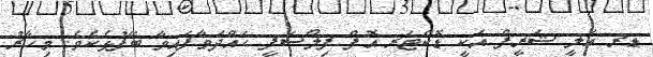
ޑރ ޢަލީ ޝަރީފް އަކީ ޑޮކްޓަރ އޮފް ފިލޯސަފީ ހައްދަވާފައިވާ ބޭފުޅެކެވެ. މިހާރު